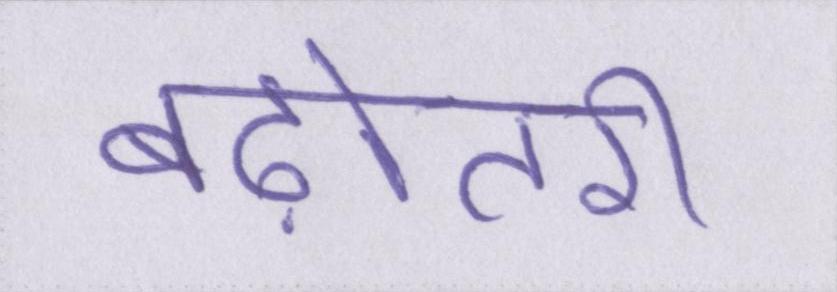
बढ़ोतरी